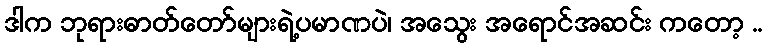
ဒါက ဘုရားဓာတ်တော်များရဲ့ပမာဏပဲ၊ အသွေး အရောင်အဆင်း ကတော့ ..